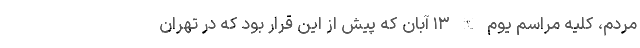
مردم، کلیه مراسم یوم الله ۱۳ آبان که پیش از این قرار بود که در تهران